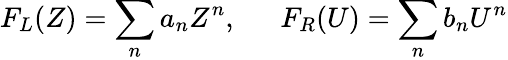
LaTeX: F_{L}(Z)=\sum_{n}a_{n}Z^{n},~~~~~~F_{R}(U)=\sum_{n}b_{n}U^{n}